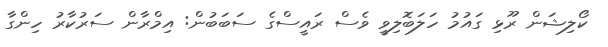
ކޯލިޝަން ރޫޅި ގައުމު ހަލަބޮލިވީ ވެސް ރައީސްގެ ސަބަބުން: އިމްރާން ސަރުކާރު ހިންގާ